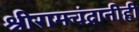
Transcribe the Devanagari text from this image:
श्रीरामचंद्रानीही